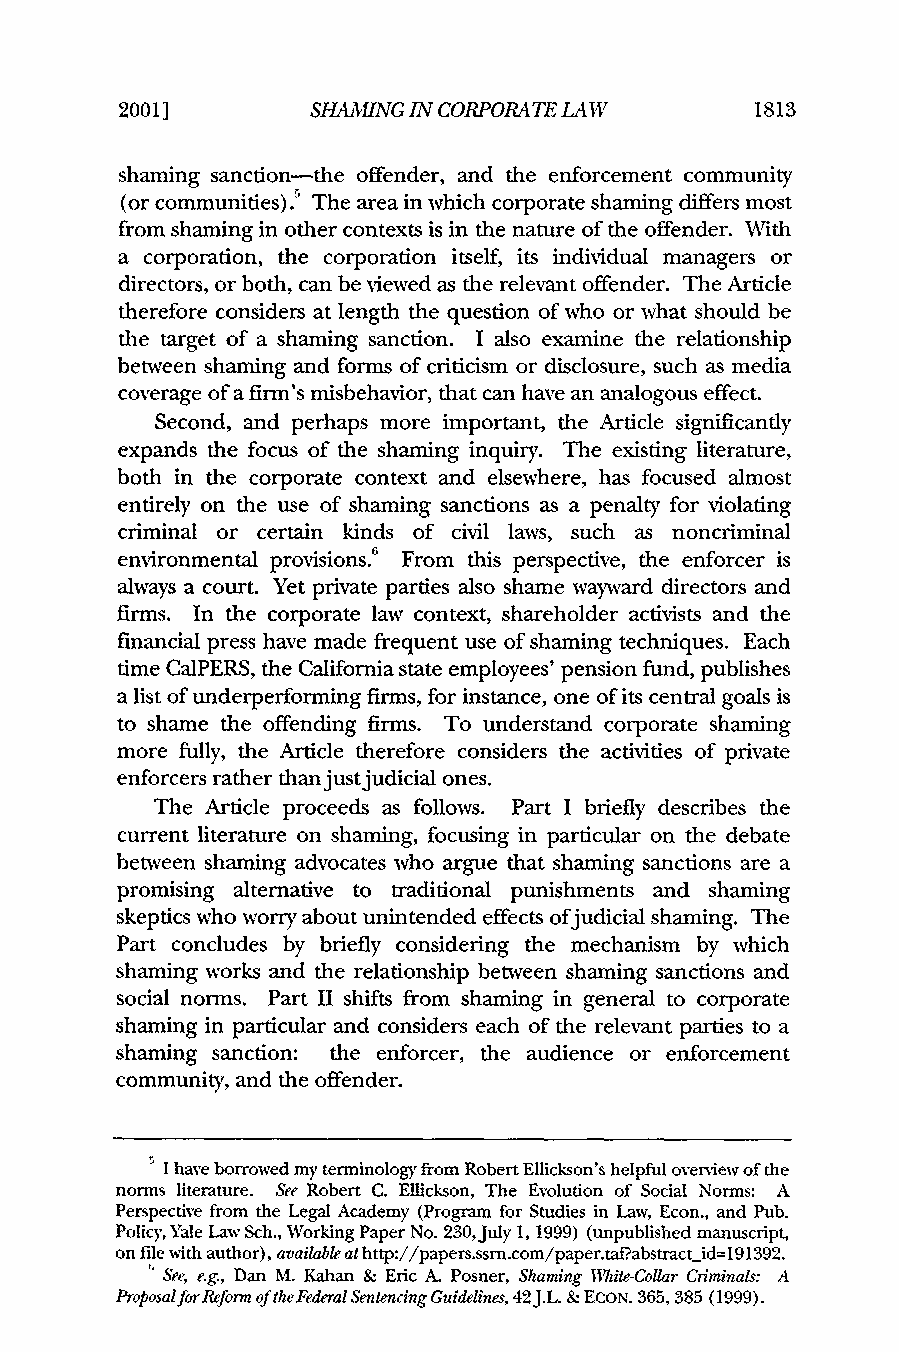
20011        SHAMING IN CORPORATE LAW     1813
 shaming sanction-the offender, and the enforcement community
 (or communities).' The area in which corporate shaming differs most
 from shaming in other contexts is in the nature of the offender. With
 a corporation, the corporation itself, its individual managers or
 directors, or both, can be viewed as the relevant offender. The Article
 therefore considers at length the question of who or what should be
 the target of a shaming sanction. I also examine the relationship
 between shaming and forms of criticism or disclosure, such as media
 coverage of a firm's misbehavior, that can have an analogous effect.
 Second, and perhaps more important, the Article significantly
 expands the focus of the shaming inquiry. The existing literature,
 both in the corporate context and elsewhere, has focused almost
 entirely on the use of shaming sanctions as a penalty for violating
 criminal or certain kinds of civil laws, such as noncriminal
 environmental provisions. From this perspective, the enforcer is
 always a court. Yet private parties also shame wayward directors and
 firms. In the corporate law context, shareholder activists and the
 financial press have made frequent use of shaming techniques. Each
 time CalPERS, the California state employees' pension fund, publishes
 a list of underperforming firms, for instance, one of its central goals is
 to shame the offending firms. To understand corporate shaming
 more fully, the Article therefore considers the activities of private
 enforcers rather than justjudicial ones.
 The Article proceeds as follows. Part I briefly describes the
 current literature on shaming, focusing in particular on the debate
 between shaming advocates who argue that shaming sanctions are a
 promising alternative to traditional punishments and shaming
 skeptics who worry about unintended effects ofjudicial shaming. The
 Part concludes by briefly considering the mechanism by which
 shaming works and the relationship between shaming sanctions and
 social norms. Part II shifts from shaming in general to corporate
 shaming in particular and considers each of the relevant parties to a
 shaming sanction: the enforcer, the audience or enforcement
 community, and the offender.
 I have borrowed my terminology from Robert Ellickson's helpful overview of the
 norms literature. See Robert C. Ellickson, The Evolution of Social Norms: A
 Perspective from the Legal Academy (Program for Studies in Law, Econ., and Pub.
 Policy, Yale Law Sch., Working Paper No. 230,July 1, 1999) (unpublished manuscript,
 on file with author), available at http://papers.ssm.com/paper.tafabstractid=191392.
 " See, e.g., Dan M. Kahan & Eric A. Posner, Shaming I Wite-Collar Criminals: A
 ProposalforReform of the FederalS entencing Guidelines, 42J.L. & ECON. 365,385 (1999).